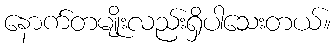
နောက်တမျိုးလည်းရှိပါသေးတယ်။